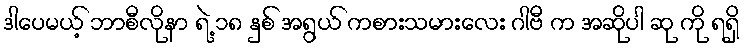
ဒါပေမယ့် ဘာစီလိုနာ ရဲ့ ၁၈ နှစ် အရွယ် ကစားသမားလေး ဂါဗီ က အဆိုပါ ဆု ကို ရရှိ